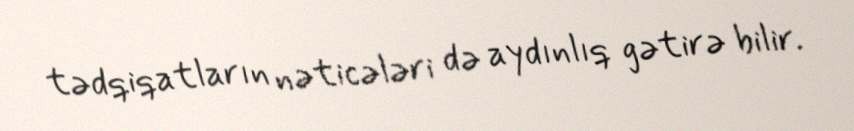
tədqiqatların nəticələri də aydınlıq gətirə bilir.